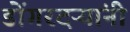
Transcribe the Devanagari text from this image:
डोंगरदऱ्यांनी